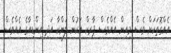
އެއްގޮތަކަށް ވެސް މިއިން އެއްވެސް ޕާރކް އަކުން ލަންކާ އަދި އިންޑިއާގެ އެއްވެސް